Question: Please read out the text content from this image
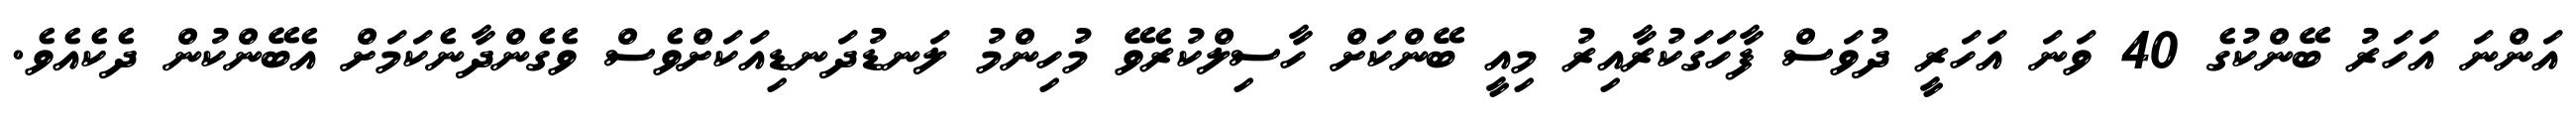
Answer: އަންނަ އަހަރު ބޭންކުގެ 40 ވަނަ އަހަރީ ދުވަސް ފާހަގަކުރާއިރު މިއީ ބޭންކަށް ހާސިލްކުރެވޭ މުހިންމު ލަނޑުދަނޑިއަކަށްވެސް ވެގެންދާނެކަމަށް އެބޭންކުން ދެކެއެވެ.